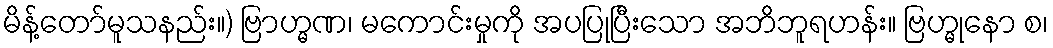
မိန့်တော်မူသနည်း။) ဗြာဟ္မဏ၊ မကောင်းမှုကို အပပြုပြီးသော အဘိဘူရဟန်း။ ဗြဟ္မုနော စ၊